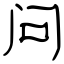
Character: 问